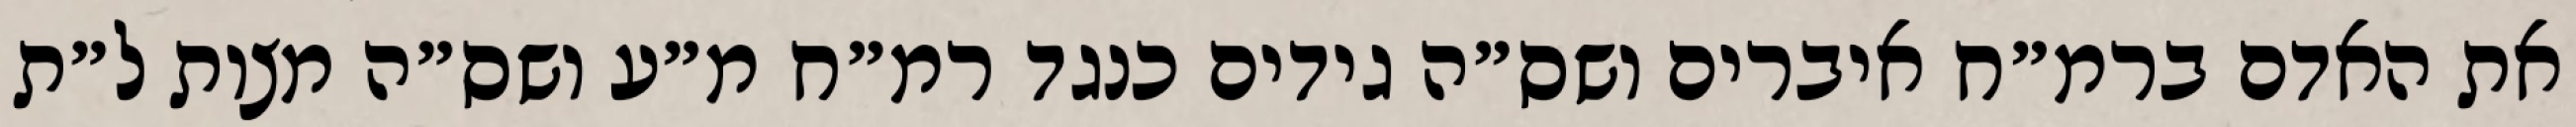
את האדם ברמ״ח איברים ושס״ה גידים כנגד רמ״ח מ״ע ושס״ה מצות ל״ת